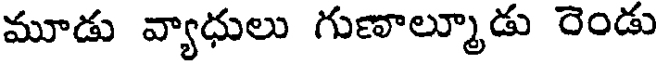
మూడు వ్యాధులు గుణాల్మూడు రెండు